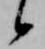
候